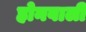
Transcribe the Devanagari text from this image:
होनवाली